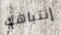
إنتباهك